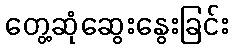
တွေ့ဆုံဆွေးနွေးခြင်း